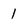
Character: 1